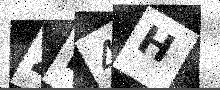
Text: ZN4H